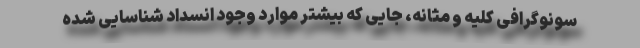
سونوگرافی کلیه و مثانه، جایی که بیشتر موارد وجود انسداد شناسایی شده